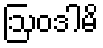
ဩဝဒါမိ